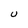
Character: U